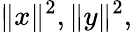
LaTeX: \| x\| ^{2},\| y\| ^{2},